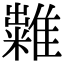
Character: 𥽀